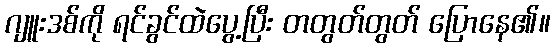
ဂျူးဒစ်ကို ရင်ခွင်ထဲပွေ့ပြီး တတွတ်တွတ် ပြောနေ၏။